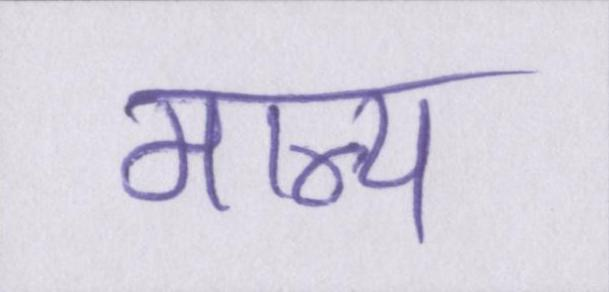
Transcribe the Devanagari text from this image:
मान्य